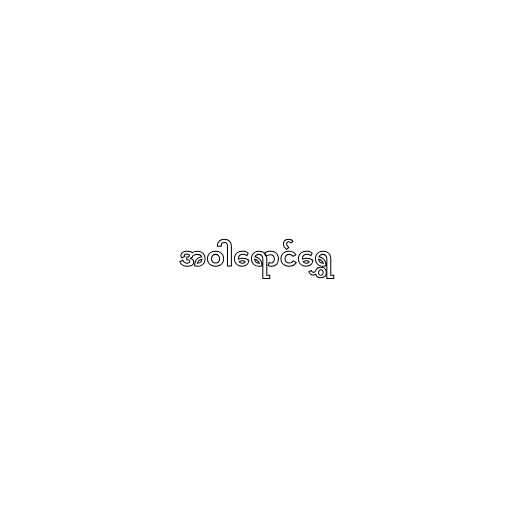
အဝါရောင်ရွှေ